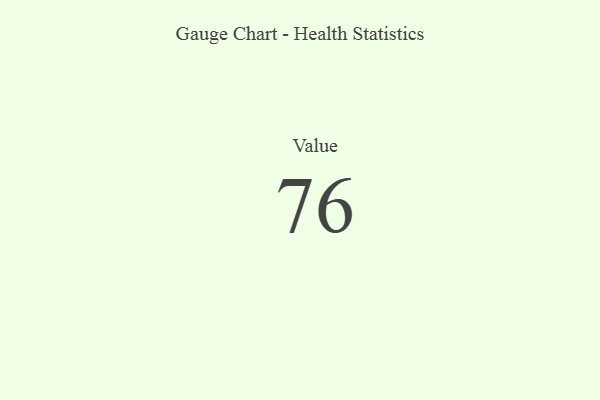
{"axis": {"x": "Metric", "y": "Value"}, "legend": [""], "data": [{"x": "Value", "y": 76, "type": ""}]}